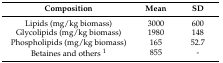
<table><thead><tr><td><b>Composition</b></td><td><b>Mean</b></td><td><b>SD</b></td></tr></thead><tbody><tr><td>Lipids (mg/kg biomass)</td><td>3000</td><td>600</td></tr><tr><td>Glycolipids (mg/kg biomass)</td><td>1980</td><td>148</td></tr><tr><td>Phospholipids (mg/kg biomass)</td><td>165</td><td>52.7</td></tr><tr><td>Betaines and others <sup>1</sup></td><td>855</td><td>-</td></tr></tbody></table>